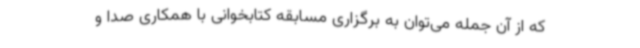
که از آن جمله می‌توان به برگزاری مسابقه کتابخوانی با همکاری صدا و